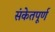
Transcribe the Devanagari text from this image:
संकेतपूर्ण